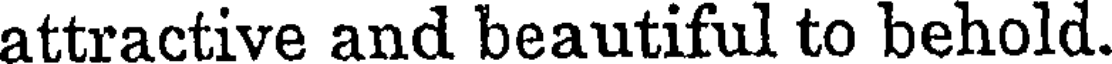
attractive and beautiful to behold.